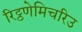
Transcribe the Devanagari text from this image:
रिट्ठणेमिचरिउ